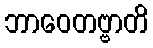
ဘာဝေတဗ္ဗာတိ